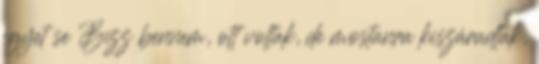
egyet se Bízz bennem, ott voltak, de mostanra kiszáradtak,